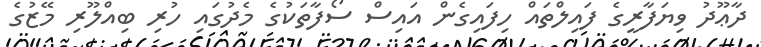
ދާޢޫދު ވިޔަފާރީގެ ފައިލްތައް ހިފައިގެން އައިސް ސޯފާތަކުގެ މެދުގައި ހުރި ބިއްލޫރި މޭޒުގެ